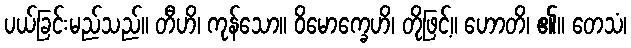
ပယ်ခြင်းမည်သည်။ တီဟိ၊ ကုန်သော။ ဝိမောက္ခေဟိ၊ တိုဖြင့်။ ဟောတိ၊ ၏။ တေသံ၊